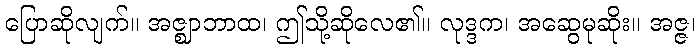
ပြောဆိုလျက်။ အဇ္ဈာဘာထ၊ ဤသို့ဆိုလေ၏။ လုဒ္ဒက၊ အဆွေမုဆိုး။ အဇ္ဇ၊